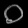
Digit: ၀